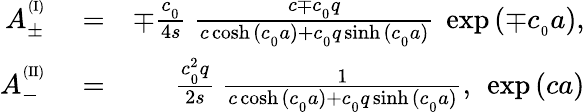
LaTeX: \begin{array}{rlr}{A_{\pm}^{^{(\mathrm{I})}}}&{{}=}&{\mp\frac{c_{_0}}{4s}\ \frac{c\mp c_{_0}q}{c\cosh{(c_{_0}a)}+c_{_0}q\sinh{(c_{_0}a)}}\ \exp{(\mp c_{_0}a)},}\\ {A_{-}^{^{(\mathrm{II})}}}&{{}=}&{\frac{c_{_0}^{2}q}{2s}\ \frac{1}{c\cosh{(c_{_0}a)}+c_{_0}q\sinh{(c_{_0}a)}},\ \exp{(ca)}}\end{array}